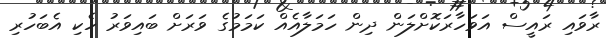
ރާވައި ރައީސް އަވަހާރަކޮށްލަން ދިން ހަމަލާއެއް ކަމަމުގެ ވަރަށް ބައިވަރު ހެކި އެބަހުރި